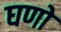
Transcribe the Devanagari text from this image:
घणो